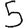
Digit: 5